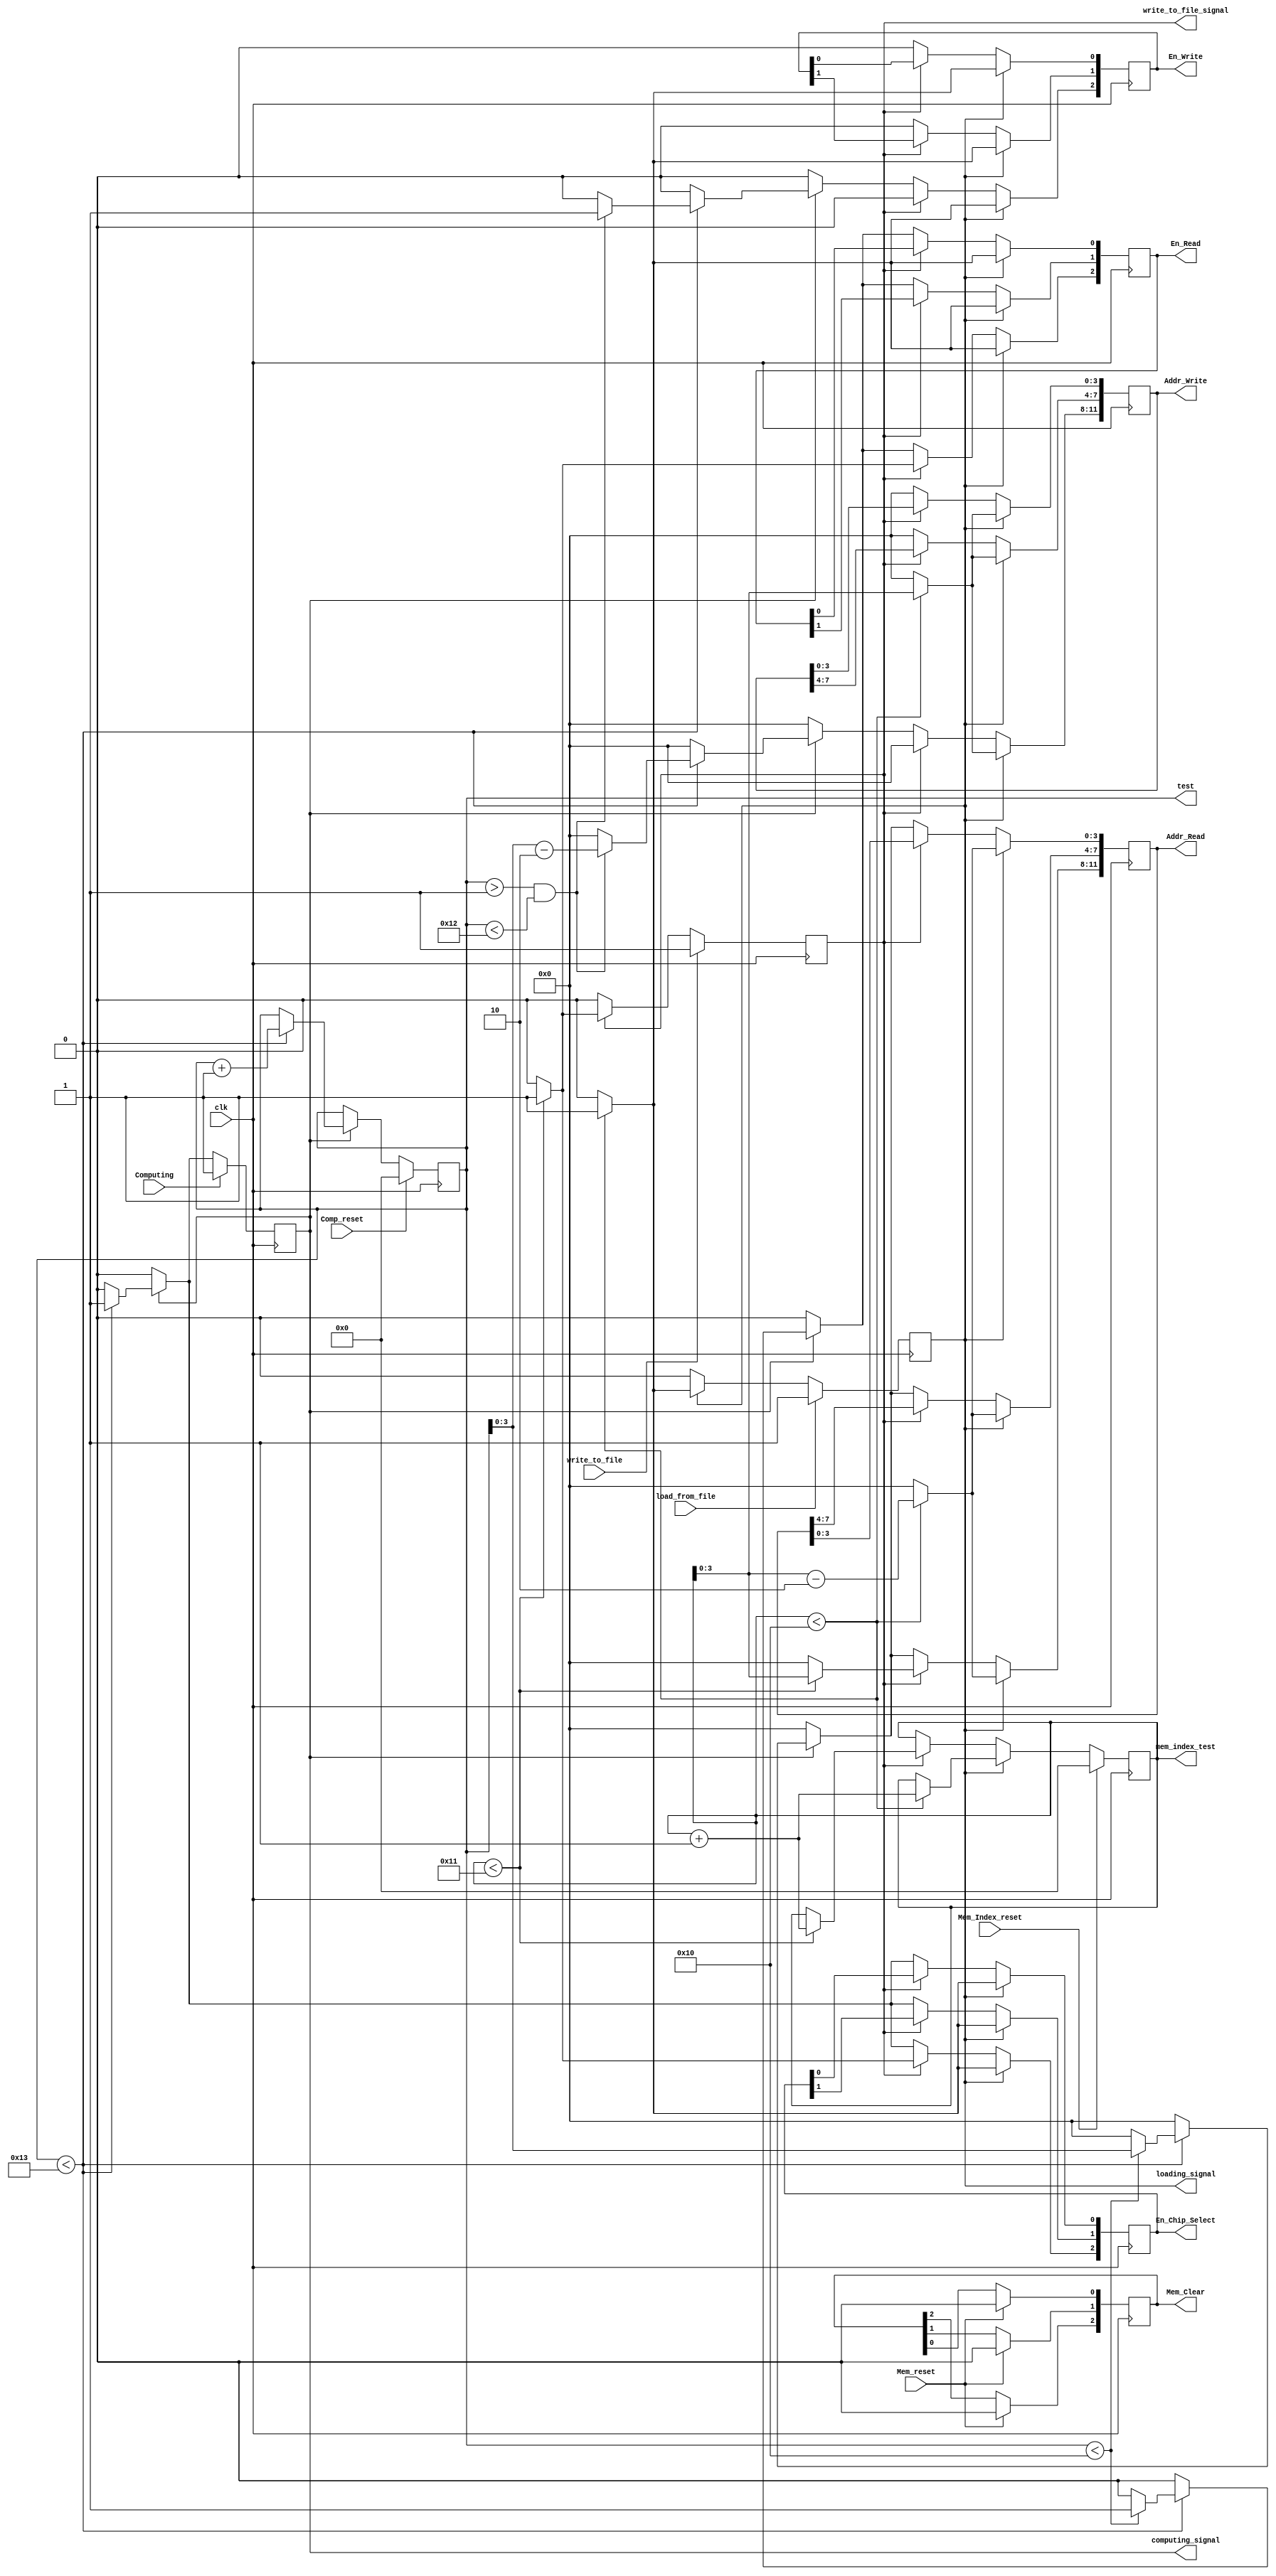
module MEMController
		#(	
			parameter Addr_Width = 4,
			parameter Ram_Depth = 1 << Addr_Width,
			parameter Nums_SRAM_In = 2,
			parameter Nums_SRAM_Out = 1,
			parameter Nums_SRAM = Nums_SRAM_In + Nums_SRAM_Out,
			parameter Nums_Data_in_bits = 4,
			parameter Nums_Data = 1 << Nums_Data_in_bits,
			parameter Nums_Pipeline_Stages = 4,
			parameter Pipeline_Tail = Nums_Pipeline_Stages - 1,
			parameter Total_Computation_Steps = Nums_Data + Pipeline_Tail,
			parameter Para_Deg = 1
		)
		(clk, Mem_reset, Comp_reset, Mem_Index_reset, load_from_file, Computing, write_to_file, loading_signal, computing_signal, write_to_file_signal,
		Mem_Clear, En_Chip_Select, En_Write, En_Read, Addr_Read, Addr_Write, 
		test, mem_index_test);

		input clk, Mem_reset, Comp_reset, Mem_Index_reset, load_from_file, Computing, write_to_file;
		output reg [Nums_SRAM - 1:0] Mem_Clear, En_Chip_Select, En_Write, En_Read;
		output reg [Nums_SRAM * Addr_Width - 1:0] Addr_Read , Addr_Write;

		reg [Nums_Data_in_bits:0] computation_step_counter;
		output reg loading_signal = 0, computing_signal = 0, write_to_file_signal = 0;
		output [Nums_Data_in_bits:0] test;
		reg [Addr_Width:0] mem_index_counter; //to record the accessed memory index

		output [Addr_Width:0] mem_index_test;
		assign mem_index_test = mem_index_counter;

		assign test = computation_step_counter;
		integer Ram_Index;
		integer Addr_Index;

		//reset memory
		always@(posedge clk) begin
			if(Mem_reset) begin
				for(Ram_Index = 0; Ram_Index < Nums_SRAM; Ram_Index = Ram_Index + 1) begin: MemReset
					Mem_Clear[Ram_Index] <= 0;
				end
			end
		end

		//signal setting(loading or computing or writing)
		always@(posedge clk) begin
			if(load_from_file) begin
				loading_signal <= 1;
			end
			else if (loading_signal)  begin
				if (mem_index_counter < Ram_Depth) begin
					loading_signal <= loading_signal;
				end
				else begin
					loading_signal <= 0;
				end
			end
			else begin
				loading_signal <= 0;
			end

			if(Computing) begin
				computing_signal <= 1;
			end
			else if (computing_signal) begin
				if (computation_step_counter < Total_Computation_Steps) begin
					computing_signal <= computing_signal;
				end
				else begin
					computing_signal <= 0;
				end
			end
			else begin
				computing_signal <= computing_signal;
			end

			if (write_to_file) begin
				write_to_file_signal <= 1;	
			end
			else if (write_to_file_signal) begin
				if(mem_index_counter < Ram_Depth + 1) begin
					write_to_file_signal <= write_to_file_signal;
				end
				else begin
					write_to_file_signal <= 0;
				end
			end
			else begin
				write_to_file_signal <= write_to_file_signal;
			end

		end
		

		//set read/write memory index
		always@(posedge clk) begin
			if(Mem_Index_reset) begin
				mem_index_counter <= 0;
			end
			else if(loading_signal) begin
				if (mem_index_counter < Ram_Depth) begin
					mem_index_counter <= mem_index_counter + Para_Deg; 
				end
				else begin
					mem_index_counter <= mem_index_counter;
				end
			end
			else if(write_to_file_signal) begin
				if (mem_index_counter < Ram_Depth + 1) begin
					mem_index_counter <= mem_index_counter + Para_Deg;
				end
				else begin
					mem_index_counter <= mem_index_counter;
				end
			end
			else begin
				mem_index_counter <= mem_index_counter;
			end			
		end
		
		//set computation steps
		always@(posedge clk) begin
			if(Comp_reset) begin
				computation_step_counter <= 0;
			end
			else if(computing_signal) begin
				if (computation_step_counter < Total_Computation_Steps) begin
					computation_step_counter <= computation_step_counter + Para_Deg;
				end
				else begin
					computation_step_counter <= computation_step_counter;
				end
			end
		end

		//set memory signals
		always @(posedge clk) begin

			if(loading_signal) begin
				if (mem_index_counter < Ram_Depth) begin
					for(Ram_Index = 0; Ram_Index < Nums_SRAM; Ram_Index = Ram_Index + 1) begin: MemSetLoadingSignals
						En_Chip_Select[Ram_Index] <= 1;
						En_Read[Ram_Index] <= 1;
						En_Write[Ram_Index] <= 1;
						Addr_Write[Ram_Index * Addr_Width +: Addr_Width] <= mem_index_counter;
						Addr_Read[Ram_Index * Addr_Width +: Addr_Width] <= mem_index_counter - 2;
					end
				end
				else begin
					for(Ram_Index = 0; Ram_Index < Nums_SRAM; Ram_Index = Ram_Index + 1) begin: MemSetNotLoadingSignals
						En_Chip_Select[Ram_Index] <= 0;
						En_Read[Ram_Index] <= 0;
						En_Write[Ram_Index] <= 0;
						Addr_Write[Ram_Index * Addr_Width +: Addr_Width] <= 0;
						Addr_Read[Ram_Index * Addr_Width +: Addr_Width] <= 0;
					end
				end				
			end

			else if(write_to_file_signal) begin
				if (mem_index_counter < Ram_Depth + 1) begin
					for(Ram_Index = Nums_SRAM_In; Ram_Index < Nums_SRAM; Ram_Index = Ram_Index + 1) begin: MemSetWritingSignals
						En_Chip_Select[Ram_Index] <= 1;
						En_Read[Ram_Index] <= 1;
						En_Write[Ram_Index] <= 0;
						Addr_Write[Ram_Index * Addr_Width +: Addr_Width] <= 0;
						Addr_Read[Ram_Index * Addr_Width +: Addr_Width] <= mem_index_counter;
					end
				end
				else begin
					for(Ram_Index = Nums_SRAM_In; Ram_Index < Nums_SRAM; Ram_Index = Ram_Index + 1) begin: MemSetNotWritingSignals
						En_Chip_Select[Ram_Index] <= 0;
						En_Read[Ram_Index] <= 0;
						En_Write[Ram_Index] <= 0;
						Addr_Write[Ram_Index * Addr_Width +: Addr_Width] <= 0;
						Addr_Read[Ram_Index * Addr_Width +: Addr_Width] <= 0;
					end
				end				
			end

			else if(computing_signal) begin
				if(computation_step_counter < Total_Computation_Steps) begin
					for(Ram_Index = 0; Ram_Index < Nums_SRAM; Ram_Index = Ram_Index + 1) begin: MemSetComputingSignalsAllSRAM
						En_Chip_Select[Ram_Index] <= 1;
						if(computation_step_counter < Total_Computation_Steps - Pipeline_Tail) begin
							En_Read[Ram_Index] <= 1;
							Addr_Read[Ram_Index * Addr_Width +: Addr_Width] <= computation_step_counter;
						end
						else begin
							En_Read <= 0;
							Addr_Read <= 0;
						end
					end
					for(Ram_Index = 0; Ram_Index < Nums_SRAM_In; Ram_Index = Ram_Index + 1) begin: MemSetComputingSignalsInputSRAM
						En_Write[Ram_Index] <= 0;
						Addr_Write[Ram_Index * Addr_Width +: Addr_Width] <= 0;
					end
					for(Ram_Index = Nums_SRAM_In; Ram_Index < Nums_SRAM; Ram_Index = Ram_Index + 1) begin: MemSetComputingSignalsOutputSRAM
						if(computation_step_counter > 1 && computation_step_counter < Total_Computation_Steps - 1) begin
							En_Write[Ram_Index] <= 1;
							Addr_Write[Ram_Index * Addr_Width +: Addr_Width] <= computation_step_counter - 2;
						end
						else begin
							En_Write[Ram_Index] <= 0;
							Addr_Write[Ram_Index * Addr_Width +: Addr_Width] <= 0;						
						end
					end				
				end
				else begin
					En_Chip_Select <= 0;
					En_Read <= 0;
					En_Write <= 0;
					Addr_Read <= 0;
					Addr_Write <= 0;
				end
			end

			else begin
				En_Chip_Select <= 0;
				En_Read <= 0;
				En_Write <= 0;
				Addr_Read <= 0;
				Addr_Write <= 0;
			end
		
		end
		
endmodule